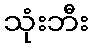
သုံးဘီး